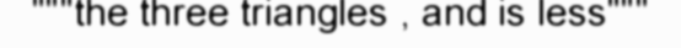
"""the three triangles , and is less"""